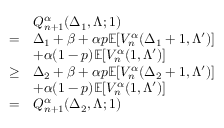
\begin{array} { r l } & { Q _ { n + 1 } ^ { \alpha } ( \Delta _ { 1 } , \Lambda ; 1 ) } \\ { = } & { \Delta _ { 1 } + \beta + \alpha p \mathbb { E } [ V _ { n } ^ { \alpha } ( \Delta _ { 1 } + 1 , \Lambda ^ { \prime } ) ] } \\ & { + \alpha ( 1 - p ) \mathbb { E } [ V _ { n } ^ { \alpha } ( 1 , \Lambda ^ { \prime } ) ] } \\ { \geq } & { \Delta _ { 2 } + \beta + \alpha p \mathbb { E } [ V _ { n } ^ { \alpha } ( \Delta _ { 2 } + 1 , \Lambda ^ { \prime } ) ] } \\ & { + \alpha ( 1 - p ) \mathbb { E } [ V _ { n } ^ { \alpha } ( 1 , \Lambda ^ { \prime } ) ] } \\ { = } & { Q _ { n + 1 } ^ { \alpha } ( \Delta _ { 2 } , \Lambda ; 1 ) } \end{array}